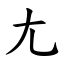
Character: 尢